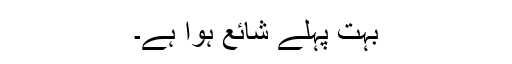
بہت پہلے شائع ہوا ہے۔